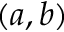
( a , b )